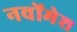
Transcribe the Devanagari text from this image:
नवोंमेश